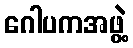
ဂေါပကအဖွဲ့